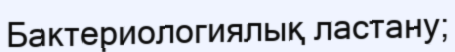
Бактериологиялық ластану;